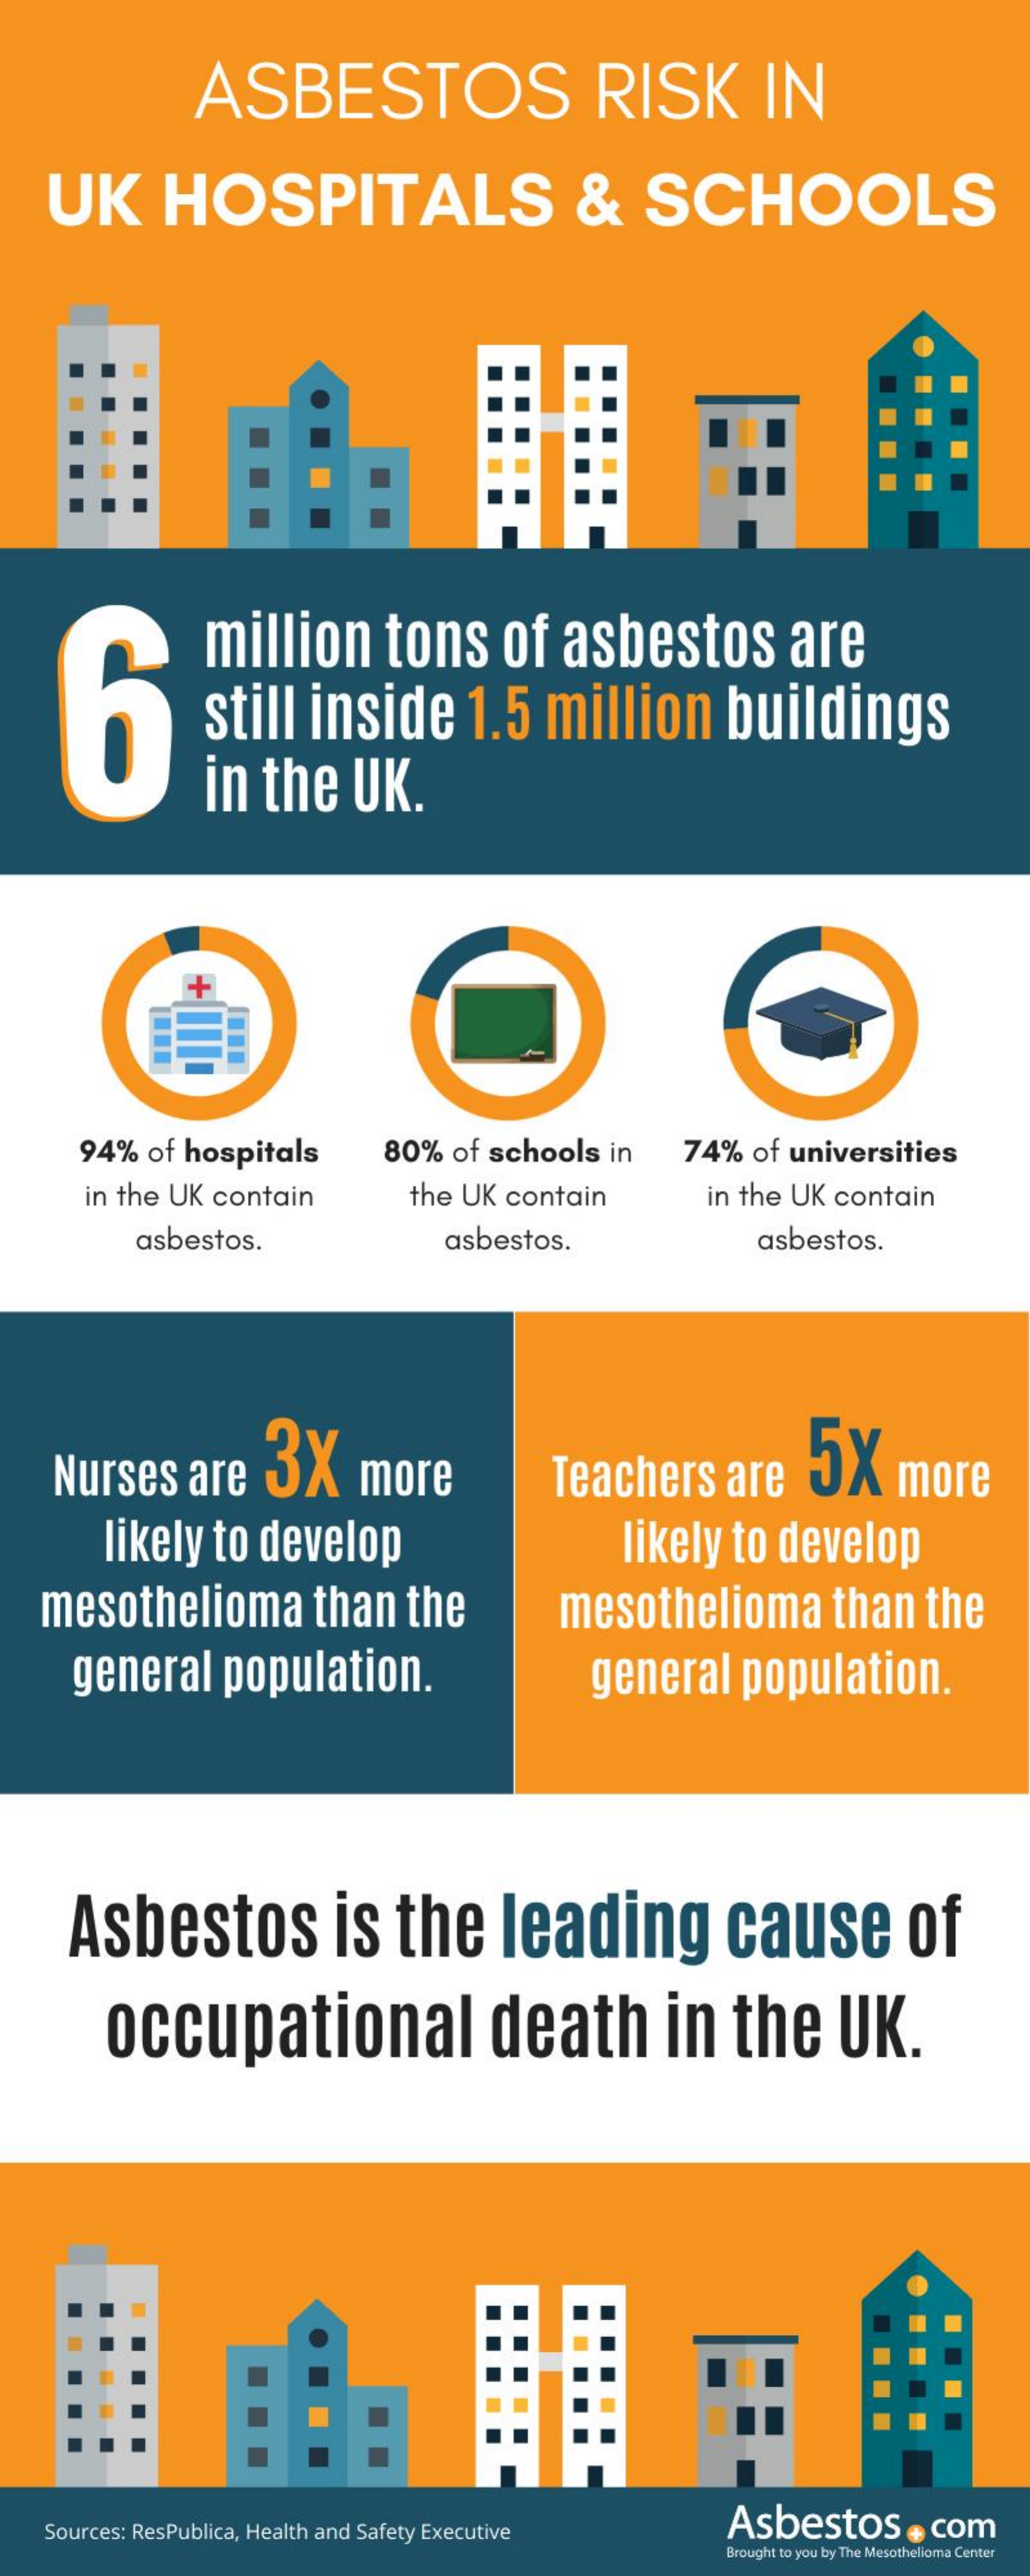
ASBESTOS    RISK    IN
   UK    HOSPITALS    &    SCHOOLS
  6
     million   tons   of  asbestos    are
     still inside   1.5  million   buildings
     in the  UK.
     94% of hospitals  80% of schools in 74% of universities
     in the UK contain  the UK contain    in the UK contain
     asbestos.    asbestos.    asbestos.
   Nurses  are  3X   more    Teachers  are 5X   more
     likely to develop    likely to develop
   mesothelioma   than  the    mesothelioma   than  the
     general population.    general population.
    Asbestos    is  the   leading    cause    of
     occupational    death    in  the    UK.
   Sources: ResPublica, Health and Safety Executive Asbestos . com
     Brought to you by The Mesothelioma Center